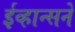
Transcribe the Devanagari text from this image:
ईव्हान्सने